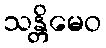
သန္တိမေဝ